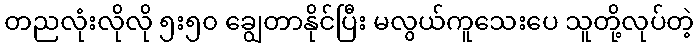
တညလုံးလိုလို ၅း၅၀ ချွေတာနိုင်ပြီး မလွယ်ကူသေးပေ သူတို့လုပ်တဲ့